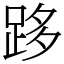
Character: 跢